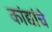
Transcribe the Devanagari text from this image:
कांद्यांचे